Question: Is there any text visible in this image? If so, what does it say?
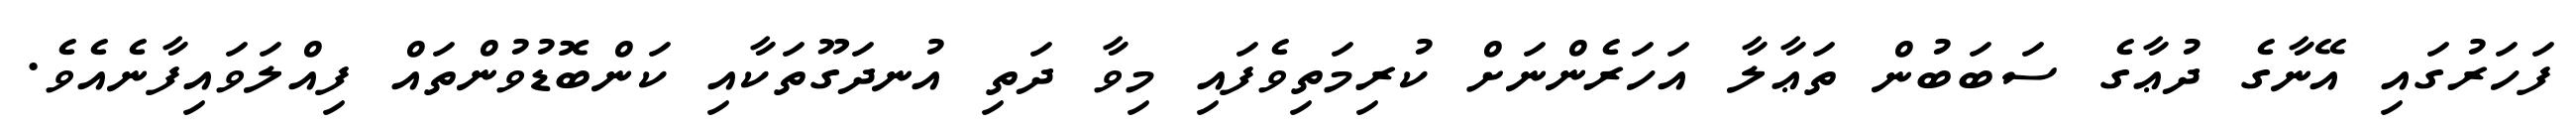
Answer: ފަހަރުގައި އޭނާގެ ދުޢާގެ ސަބަބުން ތަޢާލާ އަހަރެންނަށް ކުރިމަތިވެފައި މިވާ ދަތި އުނދަގޫތަކާއި ކަންބޮޑުވުންތައް ފިއްލަވައިފާނެއެވެ.